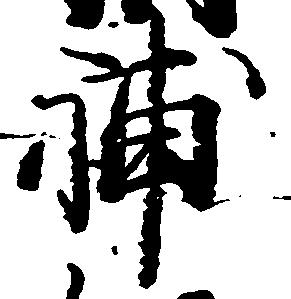
補